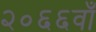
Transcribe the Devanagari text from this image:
२०६६वाँ